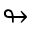
\looparrowright